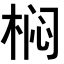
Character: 𭪓